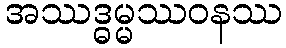
အဿဒ္ဓမ္မဿဝနဿ